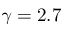
\gamma = 2 . 7